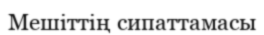
Мешіттің сипаттамасы